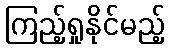
ကြည့်ရှုနိုင်မည့်